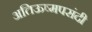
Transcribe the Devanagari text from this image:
अतिऊष्मपसंदी